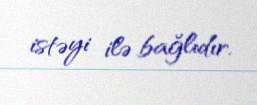
istəyi ilə bağlıdır.